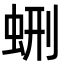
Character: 𧊞